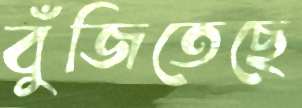
বুঁজিতেছে